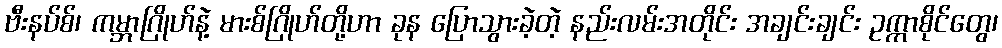
ဗီးနပ်စ်၊ ကမ္ဘာဂြိုဟ်နဲ့ မားစ်ဂြိုဟ်တို့ဟာ ခုန ပြောသွားခဲ့တဲ့ နည်းလမ်းအတိုင်း အချင်းချင်း ဥက္ကာစိုင်တွေ၊